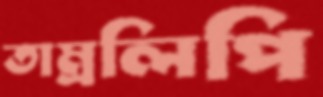
তাম্রলিপি